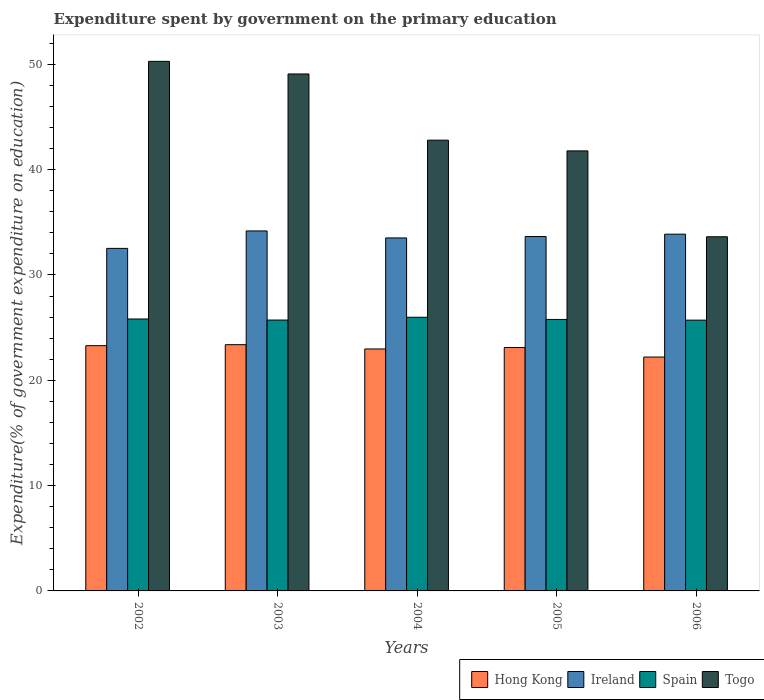
| Years | Hong Kong | Ireland | Spain | Togo |
 | --- | --- | --- | --- | --- |
 | 2002 | 23.3 | 32.5 | 25.8 | 50.3 |
 | 2003 | 23.4 | 34.2 | 25.7 | 49.1 |
 | 2004 | 23 | 33.5 | 26 | 42.8 |
 | 2005 | 23.1 | 33.6 | 25.8 | 41.8 |
 | 2006 | 22.2 | 33.9 | 25.7 | 33.6 |